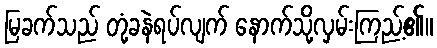
မြခက်သည် တုံ့ခနဲရပ်လျက် နောက်သို့လှမ်းကြည့်၏။